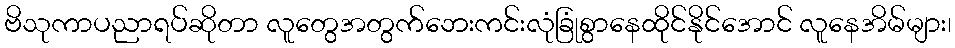
ဗိသုကာပညာရပ်ဆိုတာ လူတွေအတွက်ဘေးကင်းလုံခြုံစွာနေထိုင်နိုင်အောင် လူနေအိမ်များ၊